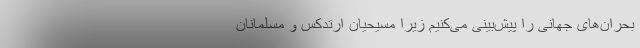
بحران‌های جهانی را پیش‌بینی می‌کنیم زیرا مسیحیان ارتدکس و مسلمانان